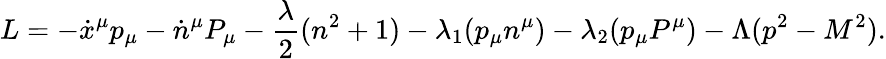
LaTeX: L=-\dot{x}^{\mu}p_{\mu}-\dot{n}^{\mu}P_{\mu}-{\frac{\lambda}{2}}(n^{2}+1)-\lambda_{1}(p_{\mu}n^{\mu})-\lambda_{2}(p_{\mu}P^{\mu})-\Lambda(p^{2}-M^{2}).